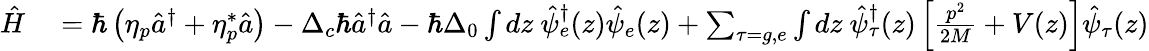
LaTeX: \begin{array}{rl}{\hat{H}}&{{}=\hbar\left(\eta_{p}\hat{a}^{\dagger}+\eta_{p}^{*}\hat{a}\right)-\Delta_{c}\hbar\hat{a}^{\dagger}\hat{a}-\hbar\Delta_{0}\int dz\ \hat{\psi}_{e}^{\dagger}(z)\hat{\psi}_{e}(z)+\sum_{\tau=g,e}\int dz\ \hat{\psi}_{\tau}^{\dagger}(z)\left[\frac{p^{2}}{2M}+V(z)\right]\hat{\psi}_{\tau}(z)}\end{array}